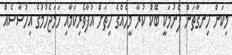
މިކަން ހިނގާތަން ފެނުމަކީ ބޭކް ކުރާ މީހެއްގެ ހިތަށް އުފާވެރިކަމާއި ހަމަޖެހުމުގެ އިހުސާސެއް